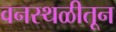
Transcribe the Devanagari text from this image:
वनस्थळीतून